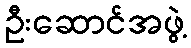
ဦးဆောင်အဖွဲ့